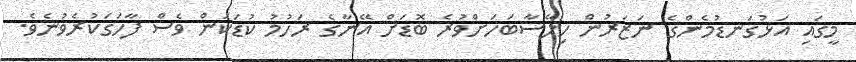
މީގައި އަޅުގަނޑުމެންގެ ނަޒަރުން ހިލޭސާބަހަށްވުރެ ބޮޑަށް އޭނާގެ ރަހުމު ކުޑަކަން ވެސް ފާހަގަކުރެވުނެވެ.